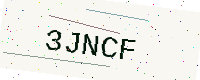
Text: 3JNCF